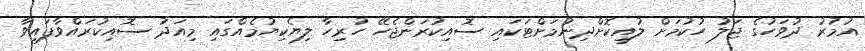
އުމުރު ދުވަހުގެ ޖަލު ހުކުމަށް ލުއިކޮށްދިނުމަށްޓަކައި ސޮއިކުރަންޖެހޭ ހުރިހާ ލިޔެކިޔުމެއްގައި މިއަދު ސޮއިކުރައްވާފައިވާ